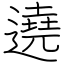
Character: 遶